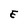
Character: E